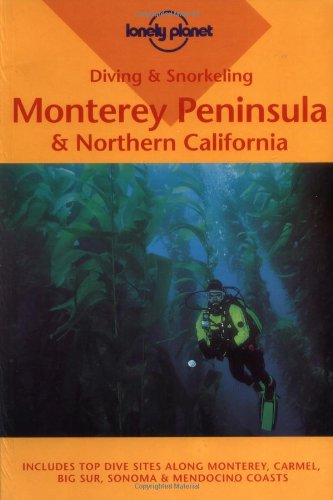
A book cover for Diving and Snorkeling Monterey Peninsula and Northern California (Lonely Planet Diving & Snorkeling Great Barrier Reef); Steve Rosenberg; Travel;